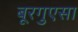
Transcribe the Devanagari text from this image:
बूरगुएसा